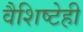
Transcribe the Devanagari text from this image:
वैशिष्टेही